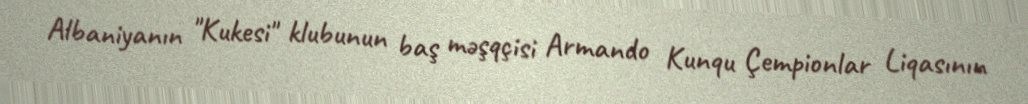
Albaniyanın "Kukesi" klubunun baş məşqçisi Armando Kunqu Çempionlar Liqasının